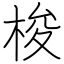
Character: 梭